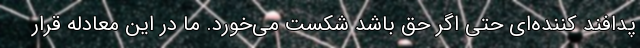
پدافند کننده‌ای حتی اگر حق باشد شکست می‌خورد. ما در این معادله قرار